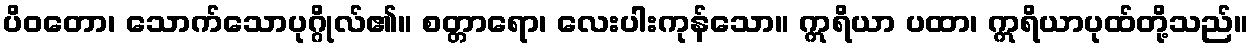
ပိဝတော၊ သောက်သောပုဂ္ဂိုလ်၏။ စတ္တာရော၊ လေးပါးကုန်သော။ ဣရိယာ ပထာ၊ ဣရိယာပုထ်တို့သည်။